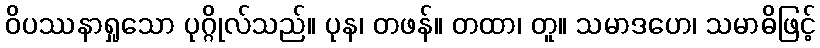
ဝိပဿနာရှုသော ပုဂ္ဂိုလ်သည်။ ပုန၊ တဖန်။ တထာ၊ တူ။ သမာဒဟေ၊ သမာဓိဖြင့်